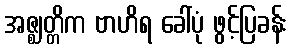
အဇ္ဈတ္တိက ဗာဟိရ ခေါ်ပုံ ဖွင့်ပြခန်း